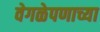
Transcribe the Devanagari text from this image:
वेगळेपणाच्या